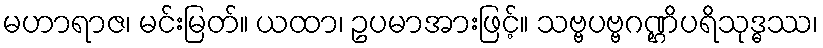
မဟာရာဇ၊ မင်းမြတ်။ ယထာ၊ ဥပမာအားဖြင့်။ သဗ္ဗပဗ္ဗဂဏ္ဌိပရိသုဒ္ဓဿ၊